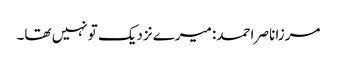
مرزا ناصر احمد: میرے نزدیک تو نہیں تھا۔